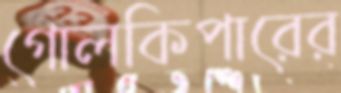
গোলকিপারের